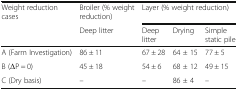
<table><thead><tr><td rowspan="2"><b>Weight reduction cases</b></td><td><b>Broiler (% weight reduction)</b></td><td colspan="3"><b>Layer (% weight reduction)</b></td></tr><tr><td><b>Deep litter</b></td><td><b>Deep litter</b></td><td><b>Drying</b></td><td><b>Simple static pile</b></td></tr></thead><tbody><tr><td>A (Farm Investigation)</td><td>86 ± 11</td><td>67 ± 28</td><td>64 ± 15</td><td>77 ± 5</td></tr><tr><td>B (ΔP = 0)</td><td>45 ± 18</td><td>54 ± 6</td><td>68 ± 12</td><td>49 ± 15</td></tr><tr><td>C (Dry basis)</td><td>–</td><td>–</td><td>86 ± 4</td><td>–</td></tr></tbody></table>